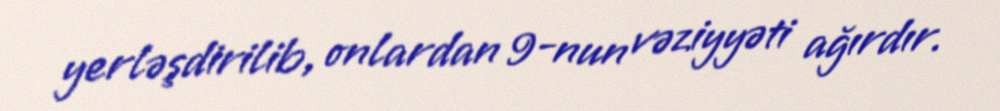
yerləşdirilib, onlardan 9-nun vəziyyəti ağırdır.